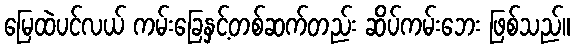
မြေထဲပင်လယ် ကမ်းခြေနှင့်တစ်ဆက်တည်း ဆိပ်ကမ်းဘေး ဖြစ်သည်။